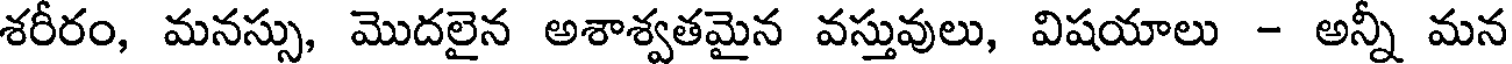
శరీరం, మనస్సు, మొదలైన అశాశ్వతమైన వస్తువులు, విషయాలు - అన్నీ మన